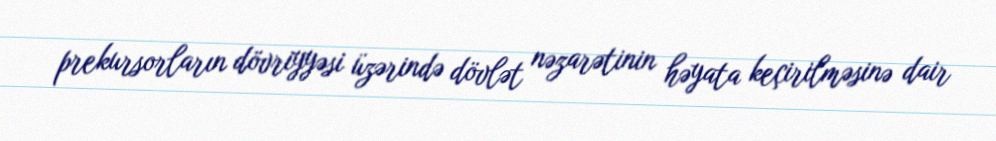
prekursorların dövriyyəsi üzərində dövlət nəzarətinin həyata keçirilməsinə dair